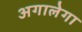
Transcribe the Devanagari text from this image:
अगालेगा